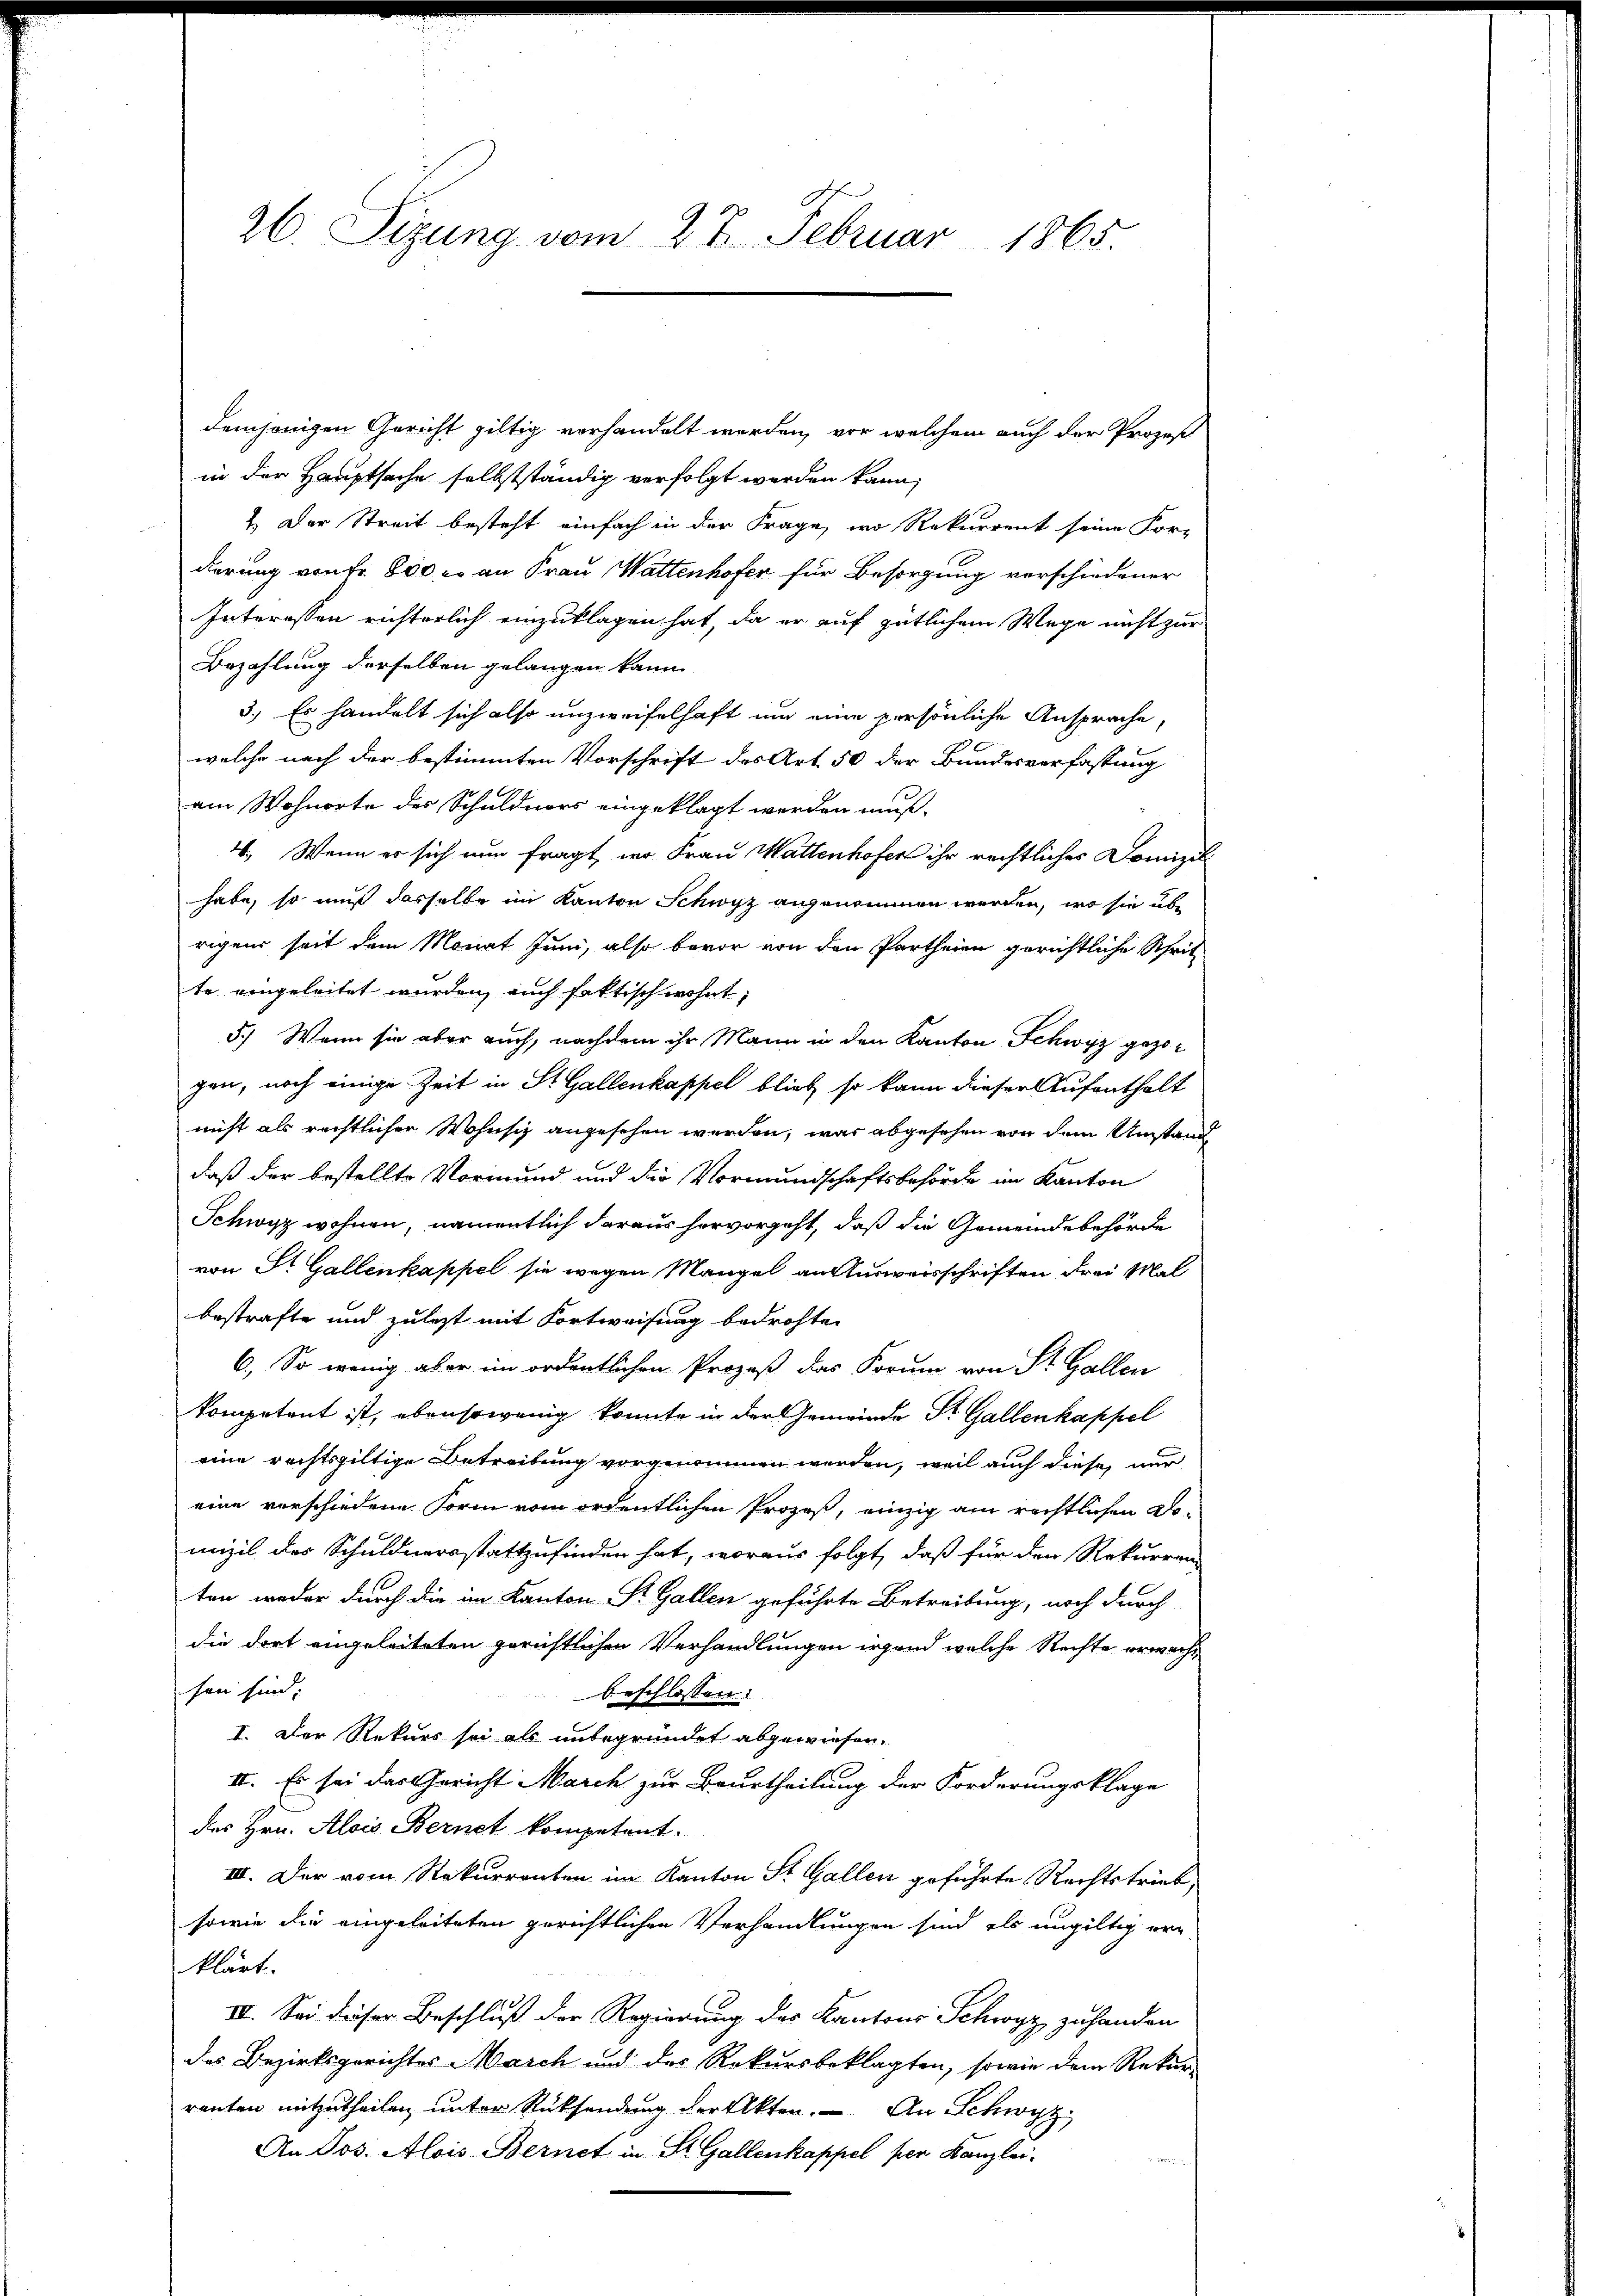
26. Sezung vom 27. Februar 1865.

demjenigen Gericht giltig verhandelt werden, vor welchem auch der Prozeß
in der Hauptsache selbstständig verfolgt werden kann,
1. Der Streit besteht einfach in der Frage, wo Rekurrent seine For-
dierung von Fr. 800, er an Frau Wattenhofer für Besorgung verschiedener
Interessen richterlich einzuklagen hat, da er auf gütlichem Wege nicht zur
Bezahlung derselben gelangen kann
3.) Es handelt sich also unzweifelhaft um eine persönliche Ansprache,
welche nach der bestimmten Vorschrift des Art 50 der Bundesverfassung
am Wohnorte des Schuldners eingeklagt werden muß.
4. Wenn er sich nun fragt, wo Frau Wattenhofer ihr rechtliches Domizil
habe, so muß dasselbe im Kanton Schwyz angenommen werden, wo sie übe
rigens seit dem Monat Juni, also bevor von den Partheien gerichtliche Schrit
te eingeleitet wurden, auch faktisch wohnt,
5.) Wenn sie aber auch, nachdem ihr Mann in den Kanton Schwyz gezogen, noch einige Zeit in St. Gallenkappel blieb, so kann dieser Aufenthalt
nicht als rechtlicher Wohnsiz angesehen werden, was abgesehen von dem Umstand
daß der bestellte Vormund und die Vormundschaftsbehörde im Kanton
Schwyz wohnen, namentlich daraus hervorgeht, daß die Gemeindebehörde
von St. Gallenkappel sie wegen Mangel an Ausweisschriften drei Mal
bestrafte und zulezt mit Fortweisung bedrohte
6.) So wenig aber im ordentlichen Prozeß das Forum von St. Gallen
kompetent ist, ebensowenig konnte in der Gemeinde St. Gallenkappel
eine rechtsgültige Betreitung vorgenommen werden, weil auch diese nur
eine verschiedene Form vom ordentlichen Prozes, einzig am rechtlichen Klomizil des Schuldnersstattzufinden hat, woraus folgt, daß für den Rekurren
ten weder durch die im Kanton St. Gallen geführte Betreibung, noch durch
die dort angeleiteten gerichtlichen Verhandlungen irgend welche Rechte erwachsen sind:
beschlossen:
I. Der Rekurs sei als unbegründet abgewiesen.
II. Es sei das Gericht March zur Beurtheilung der Forderungsklage
des Hrn. Alois Bernet kompetent.
III. Der vom Rekurrenten im Kanton St. Gallen geführte Rechtstrieb,
sowie die eingeleiteten gerichtlichen Verhandlungen sind als ungültig er-
klärt.
IV. Sei dieser Beschluß der Regierung des Kantons Schwyz zu handen
des Bezirksgerichter Masch und der Rekursbeklagten, sowie dem Rekur
ranten mitzutheilen unter Rücksendung der Akten. An Schwyz
An Jos. Alois Bernet in St. Gallenkappel per Kanzlei-